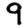
Digit: 9